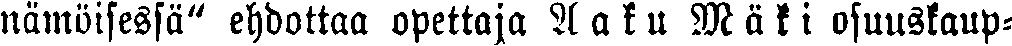
nämöisessä" ehdottaa opettaja Aatu Mäki osuuskaup-